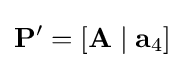
{\mathbf {P} }'=[{\mathbf {A} }\;|\;{\mathbf {a} }_{4}]